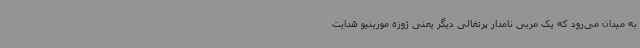
به میدان می‌رود که یک مربی نامدار پرتغالی دیگر یعنی ژوزه مورینیو هدایت